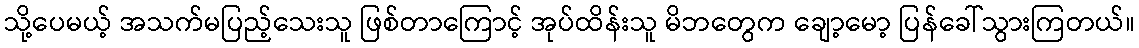
သို့ပေမယ့် အသက်မပြည့်သေးသူ ဖြစ်တာကြောင့် အုပ်ထိန်းသူ မိဘတွေက ချော့မော့ ပြန်ခေါ်သွားကြတယ်။